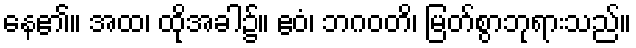
နေ၏။ အထ၊ ထိုအခါ၌။ ဧဝံ၊ ဘဂဝတိ၊ မြတ်စွာဘုရားသည်။